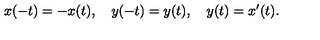
x ( - t ) = - x ( t ) , \quad y ( - t ) = y ( t ) , \quad y ( t ) = x ^ { \prime } ( t ) .